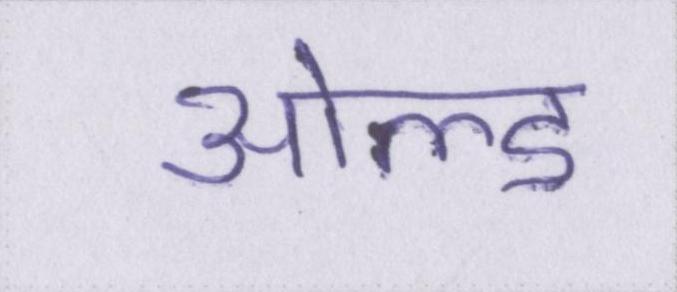
ओल्ड